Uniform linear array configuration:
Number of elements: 64
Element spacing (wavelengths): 0.25
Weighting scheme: binomial
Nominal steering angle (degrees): -60
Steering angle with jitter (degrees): -61.59
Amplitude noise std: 0.05
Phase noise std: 0.05

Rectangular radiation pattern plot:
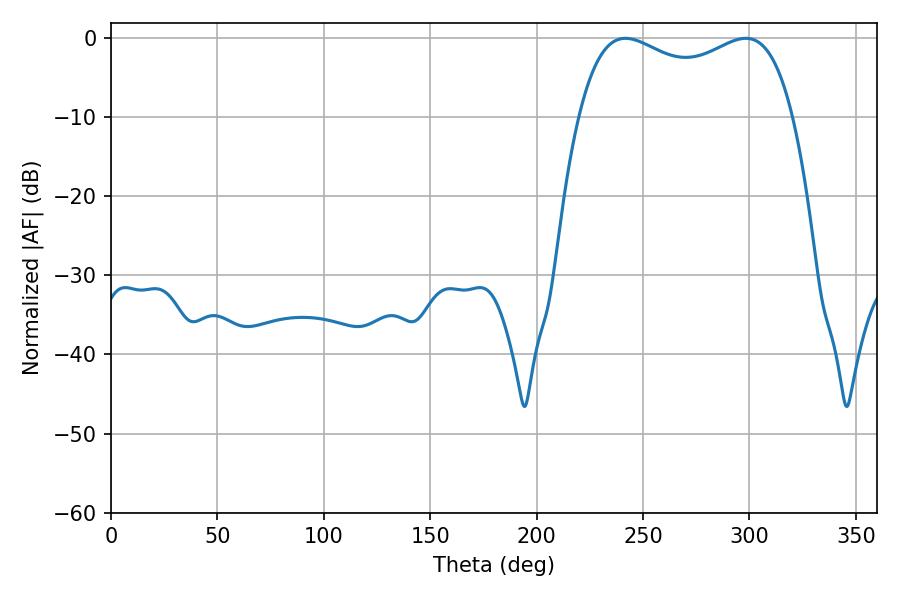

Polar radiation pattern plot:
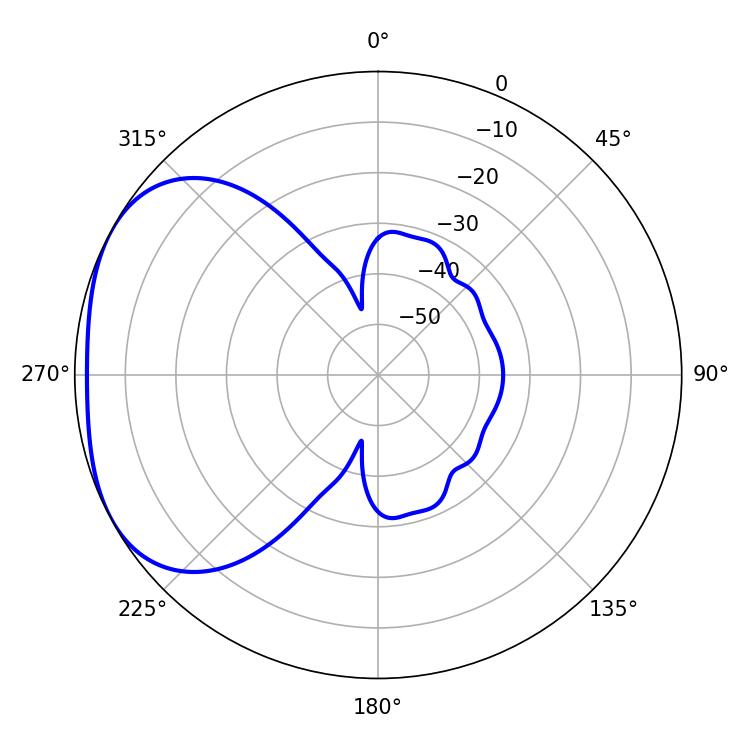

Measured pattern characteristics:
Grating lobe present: FALSE
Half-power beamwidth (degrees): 83.16
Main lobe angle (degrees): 241.74